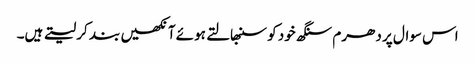
اس سوال پر دھرم سنگھ خود کو سنبھالتے ہوئے آنکھیں بند کر لیتے ہیں۔